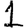
Digit: 1